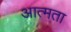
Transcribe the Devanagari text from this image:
आत्मता